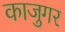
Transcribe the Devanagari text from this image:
काजुगर